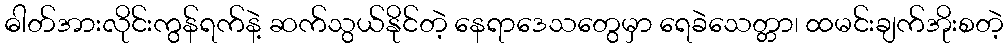
ဓါတ်အားလိုင်းကွန်ရက်နဲ့ ဆက်သွယ်နိုင်တဲ့ နေရာဒေသတွေမှာ ရေခဲသေတ္တာ၊ ထမင်းချက်အိုးစတဲ့